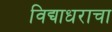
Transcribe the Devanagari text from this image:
विद्याधराचा